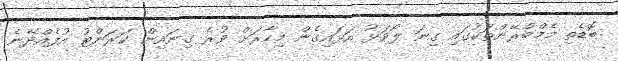
ބޮޑެތި މެމްބްރޭންތަކުގައި ގިނަ ލޯވަޅު އަޅައިގެން މިހާރަށް ވުރެ ގިނައިން ކަރަންޓު އުފެއްދޭނެ